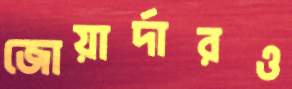
জোয়ার্দারও